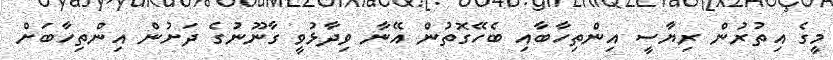
މީގެ އިތުރުން ރިޔާސީ އިންތިހާބާއި ބެހޭގޮތުން އޭނާ ވިދާޅުވީ ގާނޫނުގެ ދަށުން އިންތިހާބަށް